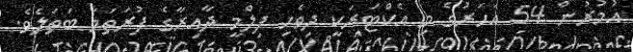
އުމުރުން 54 އަހަރުގެ މި އެކްޓަރަކީ ދިވެހި ފިލްމީ ދާއިރާގެ ފުރަތަމަ ބަތަލެވެ.